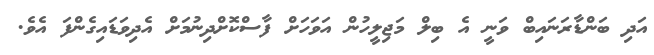
އަދި ބަންޑާރަނައިބް ވަނީ އެ ބިލް މަޖިލީހުން އަވަހަށް ފާސްކޮށްދިނުމަށް އެދިވަޑައިގެންފަ އެވެ.